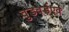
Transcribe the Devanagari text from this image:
वुडवर्डएवं